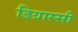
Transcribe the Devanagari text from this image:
डिग्रास्सी